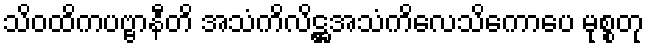
သိဝထိကပဗ္ဗာနီတိ အသံကိလိဋ္ဌအသံကိလေသိကောပေ မုစ္စတု